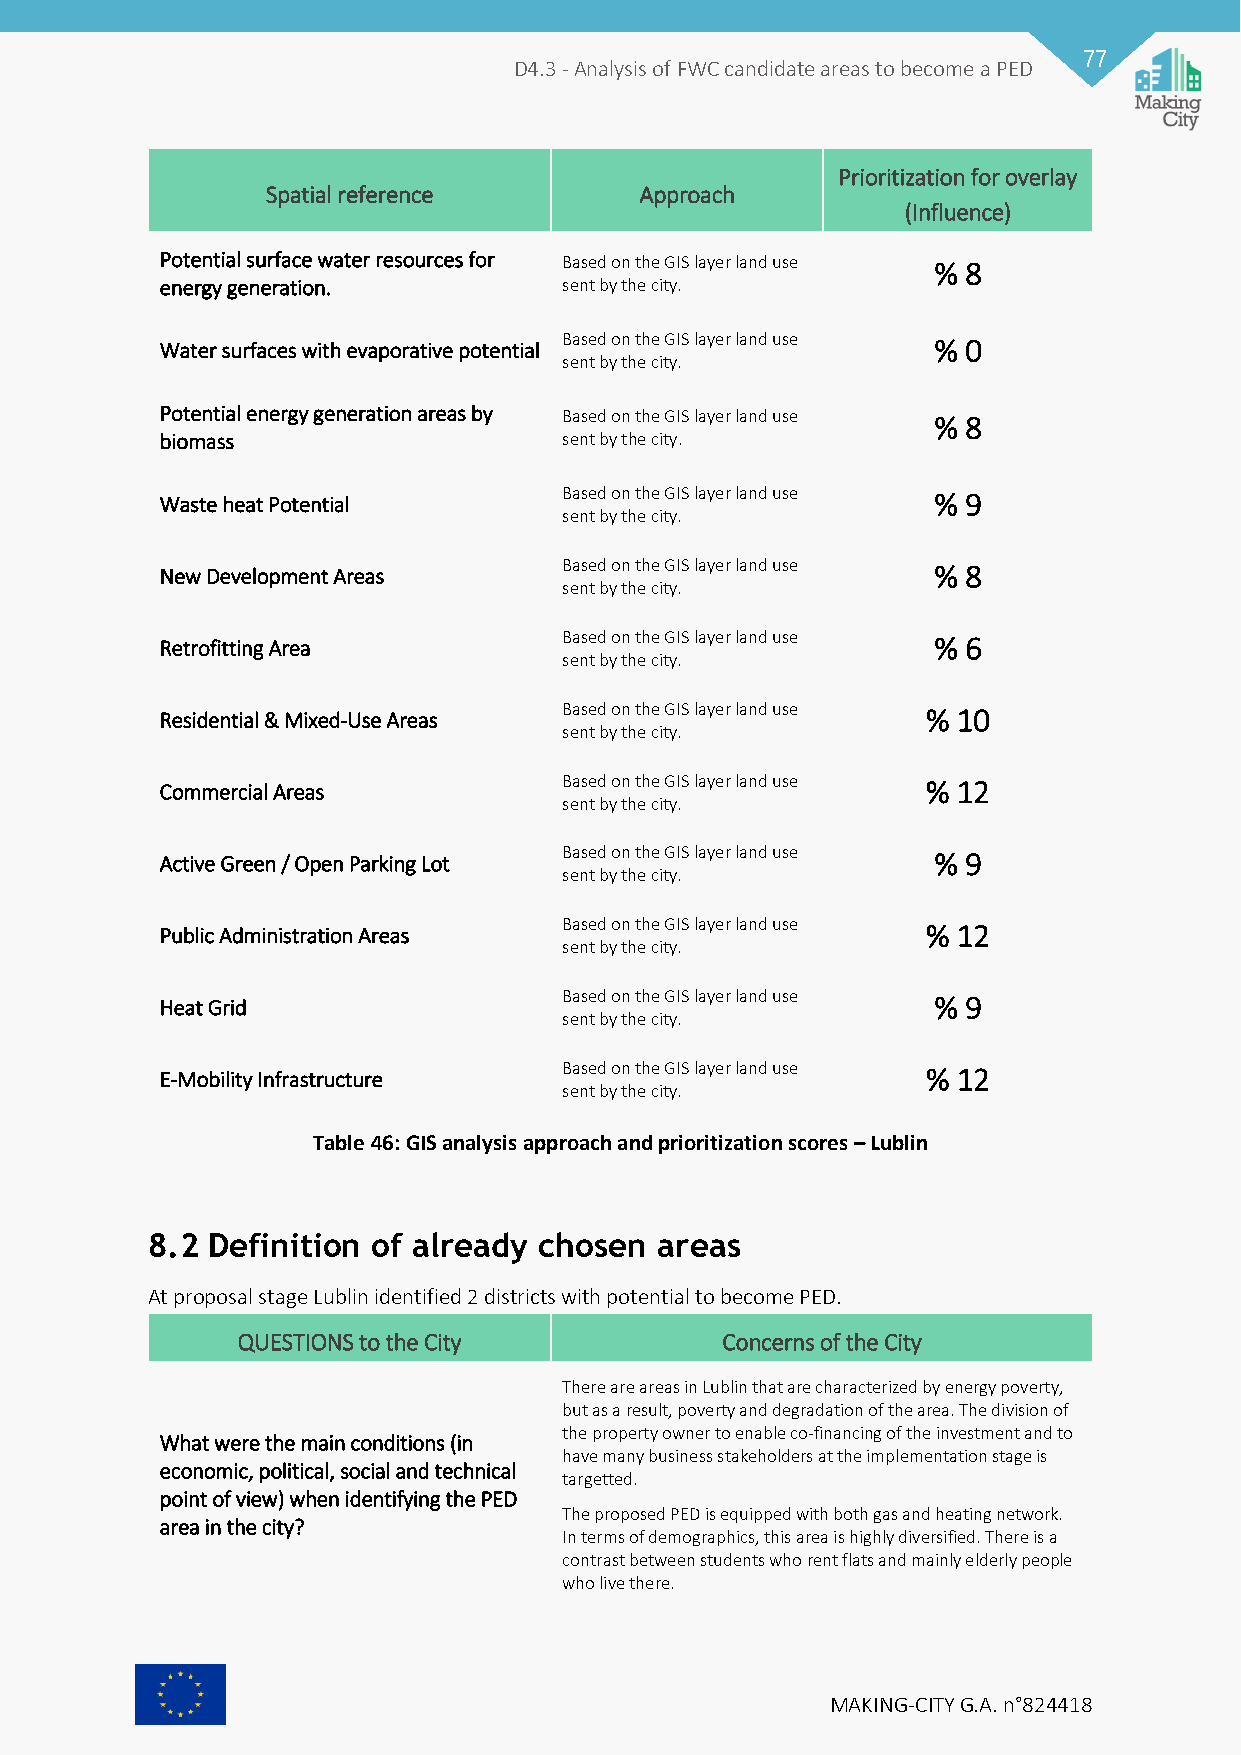
77
 D4.3 - Analysis of FWC candidate areas to become a PED
 Prioritization for overlay
 Spatial reference       Approach
 (Influence)
 Potential surface water resources for Based on the GIS layer land use % 8
 energy generation.        sent by the city.
 Water surfaces with evaporative potential Based on the GIS layer land use % 0
 sent by the city.
 Potential energy generation areas by Based on the GIS layer land use % 8
 biomass                   sent by the city.
 Waste heat Potential      Based on the GIS layer land use % 9
 sent by the city.
 New Development Areas     Based on the GIS layer land use % 8
 sent by the city.
 Retrofitting Area         Based on the GIS layer land use % 6
 sent by the city.
 Residential & Mixed-Use Areas Based on the GIS layer land use % 10
 sent by the city.
 Commercial Areas          Based on the GIS layer land use % 12
 sent by the city.
 Active Green / Open Parking Lot Based on the GIS layer land use % 9
 sent by the city.
 Public Administration Areas Based on the GIS layer land use % 12
 sent by the city.
 Heat Grid                 Based on the GIS layer land use % 9
 sent by the city.
 E-Mobility Infrastructure Based on the GIS layer land use % 12
 sent by the city.
 Table 46: GIS analysis approach and prioritization scores – Lublin
 8.2 Definition of already chosen  areas
 At proposal stage Lublin identified 2 districts with potential to become PED.
 QUESTIONS to the City           Concerns of the City
 There are areas in Lublin that are characterized by energy poverty,
 but as a result, poverty and degradation of the area. The division of
 the property owner to enable co-financing of the investment and to
 What were the main conditions (in
 have many business stakeholders at the implementation stage is
 economic, political, social and technical
 targetted.
 point of view) when identifying the PED
 The proposed PED is equipped with both gas and heating network.
 area in the city?
 In terms of demographics, this area is highly diversified. There is a
 contrast between students who rent flats and mainly elderly people
 who live there.
 MAKING-CITY G.A. n°824418